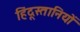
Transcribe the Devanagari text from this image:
हिंदूस्तानियों